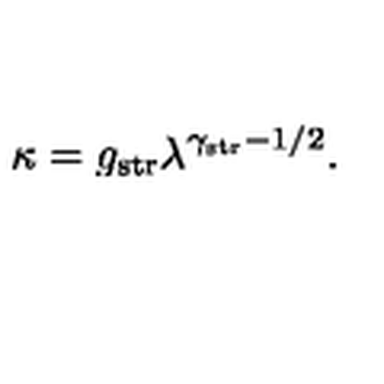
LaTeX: \kappa = g _ { \mathrm { s t r } } \lambda ^ { \gamma _ { \mathrm { s t r } } - 1 / 2 } .